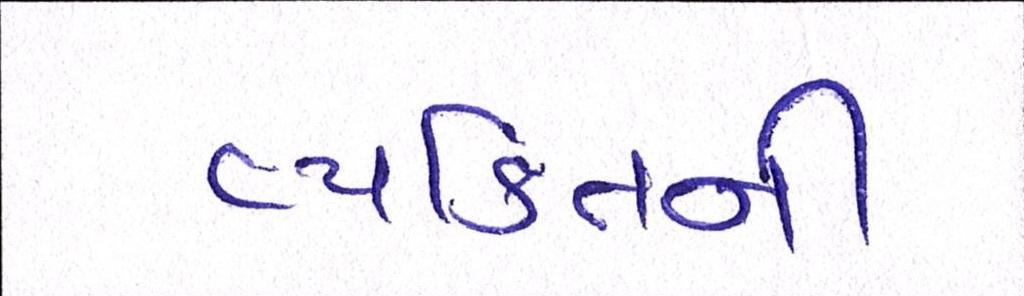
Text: વ્યકિતની